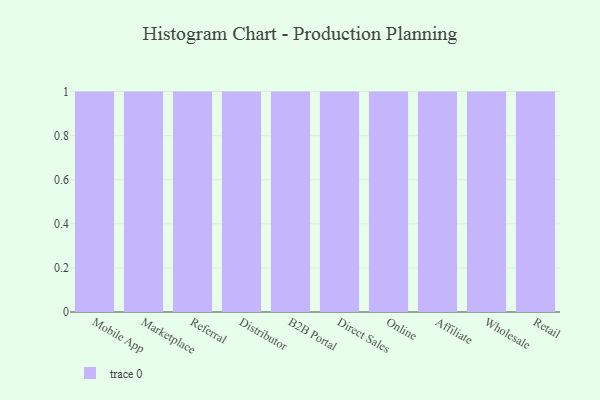
{"axis": {"x": "Channel", "y": "Inventory Turnover"}, "legend": [""], "data": [{"x": "Mobile App", "y": 42, "type": ""}, {"x": "Marketplace", "y": 33, "type": ""}, {"x": "Referral", "y": 94, "type": ""}, {"x": "Distributor", "y": 50, "type": ""}, {"x": "B2B Portal", "y": 66, "type": ""}, {"x": "Direct Sales", "y": 38, "type": ""}, {"x": "Online", "y": 87, "type": ""}, {"x": "Affiliate", "y": 19, "type": ""}, {"x": "Wholesale", "y": 18, "type": ""}, {"x": "Retail", "y": 84, "type": ""}]}